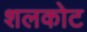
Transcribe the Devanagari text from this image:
शलकोट